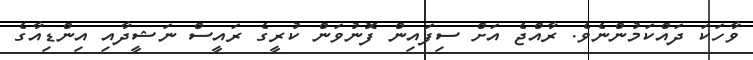
ވާހަކަ ދައްކަމުންނެވެ. ރާއްޖެ އަށް ސިފައިން ފޮނުވަން ކުރީގެ ރައީސް ނަޝީދާއި އިންޑިއާގެ